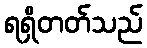
ရရှိတတ်သည်